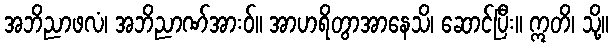
အဘိညာဖလံ၊ အဘိညာဏ်အားဝ်။ အာဟရိတွာအာနေသိ၊ ဆောင်ပြီး။ ဣတိ၊ သို့။